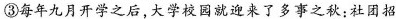
③每年九月开学之后，大学校园就迎来了\underset{·}{多}\underset{·}{事}\underset{·}{之}\underset{·}{秋}：社团招